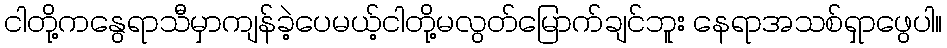
ငါတို့ကနွေရာသီမှာကျန်ခဲ့ပေမယ့်ငါတို့မလွတ်မြောက်ချင်ဘူး နေရာအသစ်ရှာဖွေပါ။